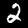
Digit: 2